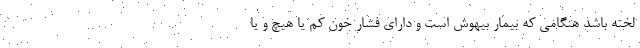
لخته باشد هنگامی که بیمار بیهوش است و دارای فشار خون کم یا هیچ و یا